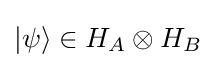
\left|\psi \right\rangle \in H_{A}\otimes H_{B}